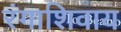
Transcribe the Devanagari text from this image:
रंगाशिवाय